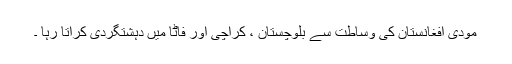
مودی افغانستان کی وساطت سے بلوچستان ، کراچی اور فاٹا میں دہشتگردی کراتا رہا ۔